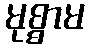
မုစ္စာမ